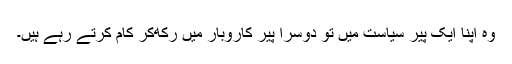
وہ اپنا ایک پیر سیاست میں تو دوسرا پیر کاروبار میں رکھ‌کر کام کرتے رہے ہیں۔